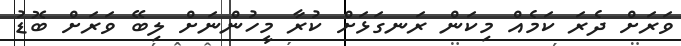
ވަރަށް ދެރަ ކަމެއް މިކަން ރަނގަޅަށް ކުރާ މީހުންނަށް ލިބޭ ވަރަށް ބޮޑު